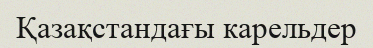
Қазақстандағы карельдер